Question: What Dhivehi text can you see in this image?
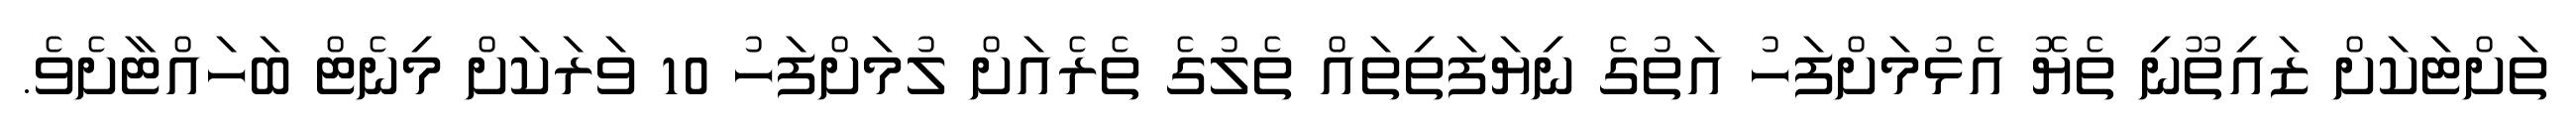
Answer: ތަށްޓަކަށް ޒައިތޫނި ތެޔޮ އެޅުމަށްފަހު އަތުގެ ނިޔަފަތިތައް ތެލުގެ ތެރެއަށް ލުމަށްފަހު 10 ވަރަކަށް މިނެޓް ބަހައްޓާށެވެ.